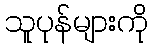
သူပုန်များကို